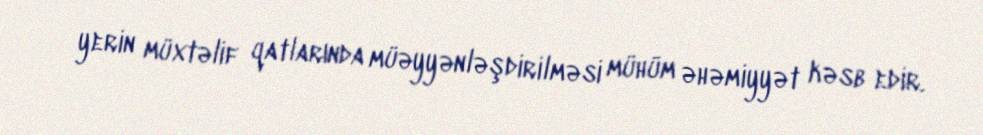
yerin müxtəlif qatlarında müəyyənləşdirilməsi mühüm əhəmiyyət kəsb edir.